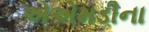
એએમડીના